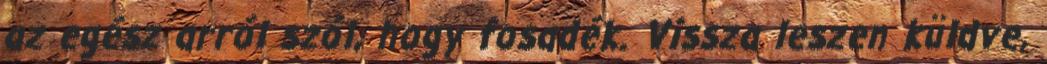
az egész arról szól, hogy fosadék. Vissza leszen küldve,